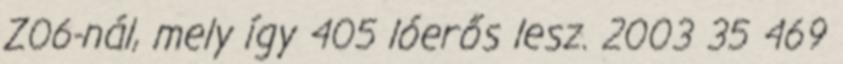
Z06-nál, mely így 405 lóerős lesz. 2003 35 469